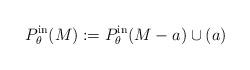
LaTeX: \begin{align*} P_{\theta}^{\mathrm{in}}(M):=P_{\theta}^{\mathrm{in}}(M-a)\cup{(a)}\end{align*}